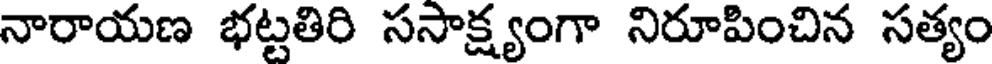
నారాయణ భట్టతిరి ససాక్ష్యంగా నిరూపించిన సత్యం